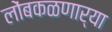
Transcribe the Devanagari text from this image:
लोंबकळणार्‍या